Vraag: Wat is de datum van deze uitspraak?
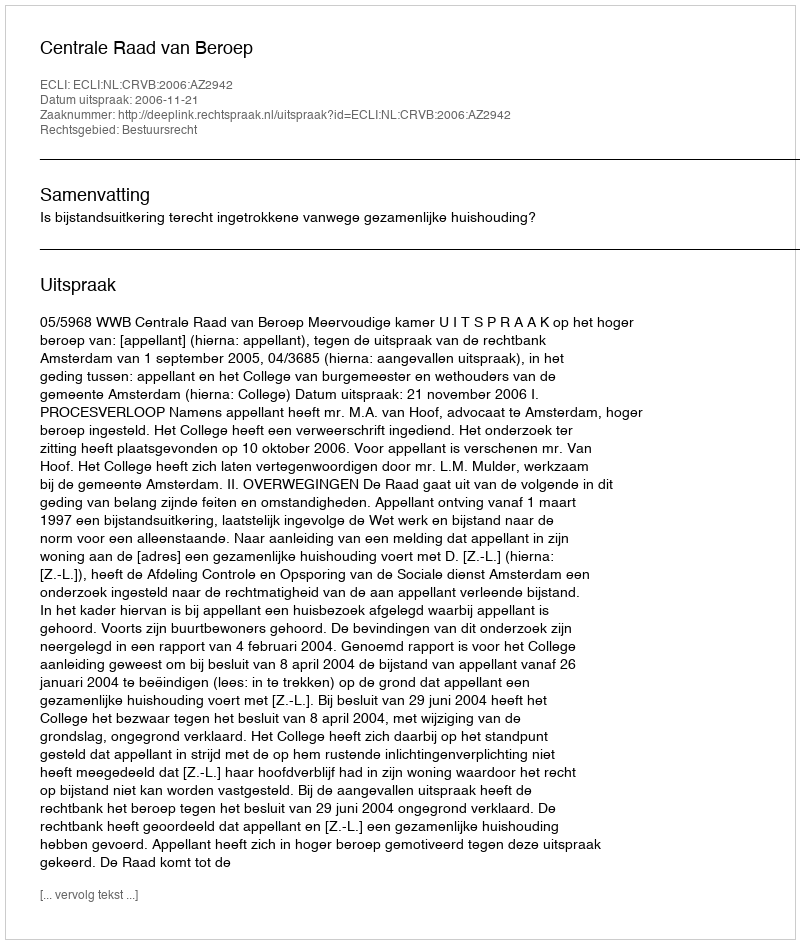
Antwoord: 2006-11-21